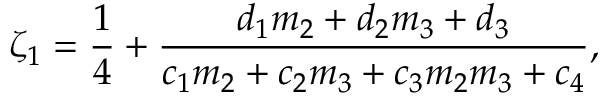
\zeta _ { 1 } = \frac { 1 } { 4 } + \frac { d _ { 1 } m _ { 2 } + d _ { 2 } m _ { 3 } + d _ { 3 } } { c _ { 1 } m _ { 2 } + c _ { 2 } m _ { 3 } + c _ { 3 } m _ { 2 } m _ { 3 } + c _ { 4 } } ,